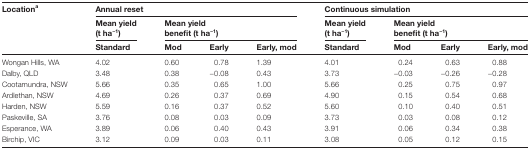
<table><thead><tr><td rowspan="3"><b>Location<sup>a</sup></b></td><td colspan="4"><b>Annual reset</b></td><td colspan="4"><b>Continuous simulation</b></td></tr><tr><td><b>Mean yield(t ha<sup>−1</sup>)</b></td><td colspan="3"><b>Mean yield benefit (t ha<sup>−1</sup>)</b></td><td><b>Mean yield (t ha<sup>−1</sup>)</b></td><td colspan="3"><b>Mean yield benefit (t ha<sup>−1</sup>)</b></td></tr><tr><td><b>Standard</b></td><td><b>Mod</b></td><td><b>Early</b></td><td><b>Early, mod</b></td><td><b>Standard</b></td><td><b>Mod</b></td><td><b>Early</b></td><td><b>Early, mod</b></td></tr></thead><tbody><tr><td>Wongan Hills, WA</td><td>4.02</td><td>0.60</td><td>0.78</td><td>1.39</td><td>4.01</td><td>0.24</td><td>0.63</td><td>0.88</td></tr><tr><td>Dalby, QLD</td><td>3.48</td><td>0.38</td><td>−0.08</td><td>0.43</td><td>3.73</td><td>−0.03</td><td>−0.26</td><td>−0.28</td></tr><tr><td>Cootamundra, NSW</td><td>5.66</td><td>0.35</td><td>0.65</td><td>1.00</td><td>5.66</td><td>0.25</td><td>0.75</td><td>0.97</td></tr><tr><td>Ardlethan, NSW</td><td>4.69</td><td>0.26</td><td>0.37</td><td>0.69</td><td>4.90</td><td>0.15</td><td>0.54</td><td>0.68</td></tr><tr><td>Harden, NSW</td><td>5.59</td><td>0.16</td><td>0.37</td><td>0.52</td><td>5.60</td><td>0.10</td><td>0.40</td><td>0.51</td></tr><tr><td>Paskeville, SA</td><td>3.76</td><td>0.08</td><td>0.03</td><td>0.09</td><td>3.73</td><td>0.03</td><td>0.08</td><td>0.12</td></tr><tr><td>Esperance, WA</td><td>3.89</td><td>0.06</td><td>0.40</td><td>0.43</td><td>3.91</td><td>0.06</td><td>0.34</td><td>0.38</td></tr><tr><td>Birchip, VIC</td><td>3.12</td><td>0.09</td><td>0.03</td><td>0.11</td><td>3.08</td><td>0.05</td><td>0.12</td><td>0.15</td></tr></tbody></table>